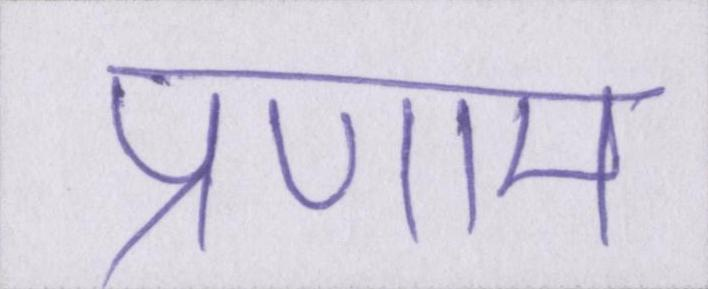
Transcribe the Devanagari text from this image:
प्रणाम